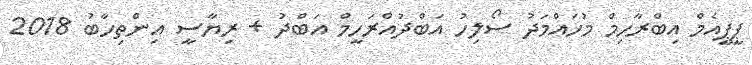
ޕީޕީއެމް އިބްރާހިމް މުހައްމަދު ސޯލިހު އަބްދުއްރަހީމް އަބްދު + ރިޔާސީ އިންތިހާބު 2018